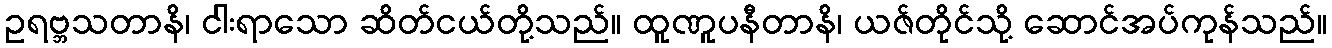
ဥရဗ္ဘသတာနိ၊ ငါးရာသော ဆိတ်ငယ်တို့သည်။ ထူဏူပနီတာနိ၊ ယဇ်တိုင်သို့ ဆောင်အပ်ကုန်သည်။